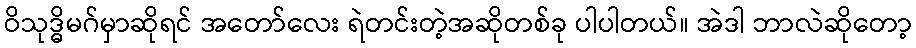
ဝိသုဒ္ဓိမဂ်မှာဆိုရင် အတော်လေး ရဲတင်းတဲ့အဆိုတစ်ခု ပါပါတယ်။ အဲဒါ ဘာလဲဆိုတော့